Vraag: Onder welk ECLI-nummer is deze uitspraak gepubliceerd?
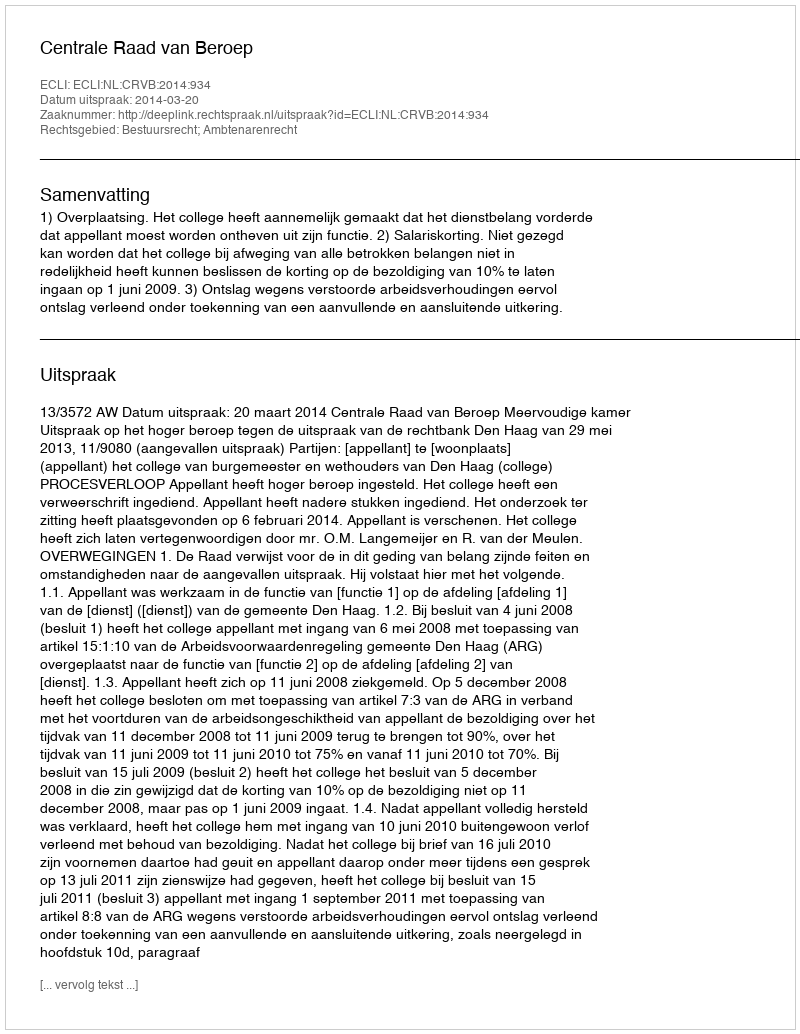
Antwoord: ECLI:NL:CRVB:2014:934